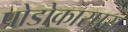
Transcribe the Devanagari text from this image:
पोडोकारपस